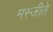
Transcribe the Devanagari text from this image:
मस्जीते